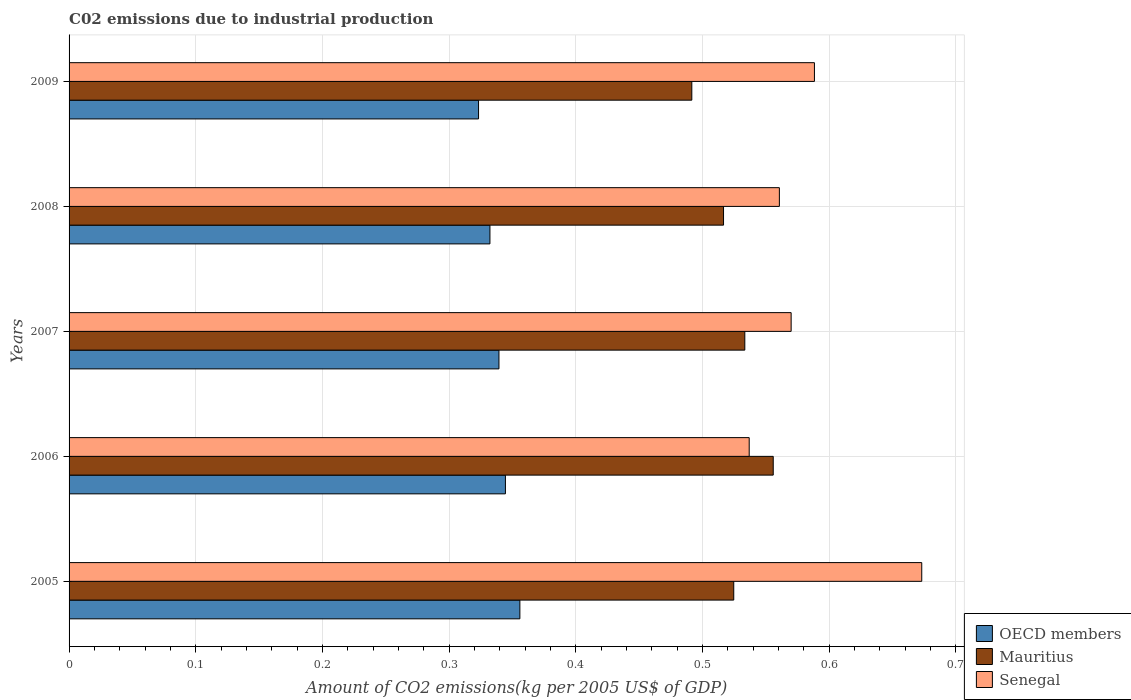
| Years | OECD members | Mauritius | Senegal |
 | --- | --- | --- | --- |
 | 2005 | 0.356 | 0.525 | 0.673 |
 | 2006 | 0.344 | 0.556 | 0.537 |
 | 2007 | 0.339 | 0.533 | 0.57 |
 | 2008 | 0.332 | 0.517 | 0.561 |
 | 2009 | 0.323 | 0.492 | 0.588 |